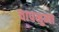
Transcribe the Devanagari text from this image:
चापनुमा